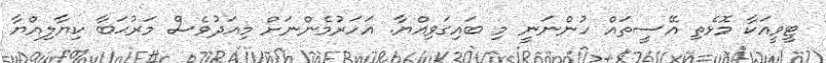
ޓީވީއަކާ މޮޅެތި އޭސީތައް ހުންނަނީ މި ބައިގަވިއްޔާ. އަހަރުމެންނަށް މިއަދުވެސް މަރުޙަބާ ކިޔާލިއްޔާ